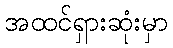
အထင်ရှားဆုံးမှာ